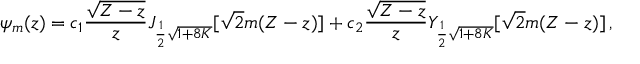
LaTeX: \psi _ { m } ( z ) = c _ { 1 } { \frac { \sqrt { { \cal Z } - z } } { z } } J _ { { \frac { 1 } { 2 } } \sqrt { 1 + 8 K } } [ \sqrt { 2 } m ( { \cal Z } - z ) ] + c _ { 2 } { \frac { \sqrt { { \cal Z } - z } } { z } } Y _ { { \frac { 1 } { 2 } } \sqrt { 1 + 8 K } } [ \sqrt { 2 } m ( { \cal Z } - z ) ] \, ,